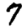
Digit: 7